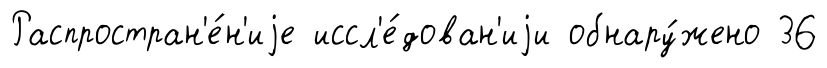
Распростран'е́н'иjе иссл'е́дован'иjи обнару́жено 36